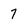
Character: 7